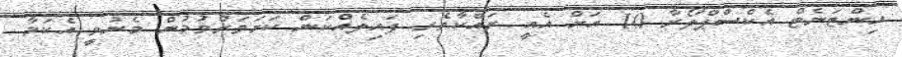
އިންޓަނެޓް އެކްސްޕްލޯރާ 10 އަށް އެއީ ރައްކާތެރި ފައިލެއްކަން ކަށަވަރުވުމުން މެނުވީ އެކަމާ